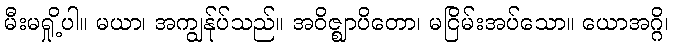
မီးမရှို့ပါ။ မယာ၊ အကျွန်ုပ်သည်။ အဝိဇ္ဈာပိတော၊ မငြိမ်းအပ်သော။ ယောအဂ္ဂိ၊